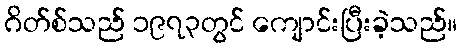
ဂိတ်စ်သည် ၁၉၇၃တွင် ကျောင်းပြီးခဲ့သည်။